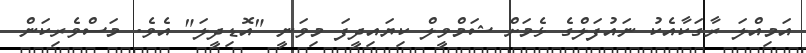
އަމިއްލަ ރާގަކާއެކު ނައުފަލްގެ ޅެމަށް ޝަމްވީލް ކިޔައިދީފަ މިވަނީ "އޮޑިދީލަ" އެވެ. މަސްވެރިކަން